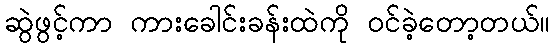
ဆွဲဖွင့်ကာ ကားခေါင်းခန်းထဲကို ဝင်ခဲ့တော့တယ်။